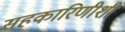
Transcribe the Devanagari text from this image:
सहकारिणीशी